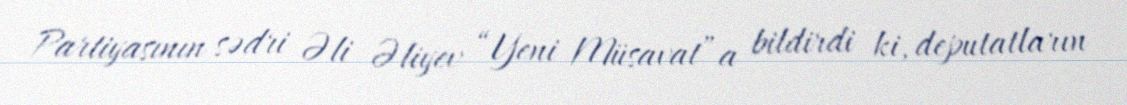
Partiyasının sədri Əli Əliyev “Yeni Müsavat”a bildirdi ki, deputatların